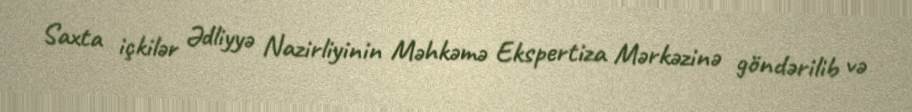
Saxta içkilər Ədliyyə Nazirliyinin Məhkəmə Ekspertiza Mərkəzinə göndərilib və